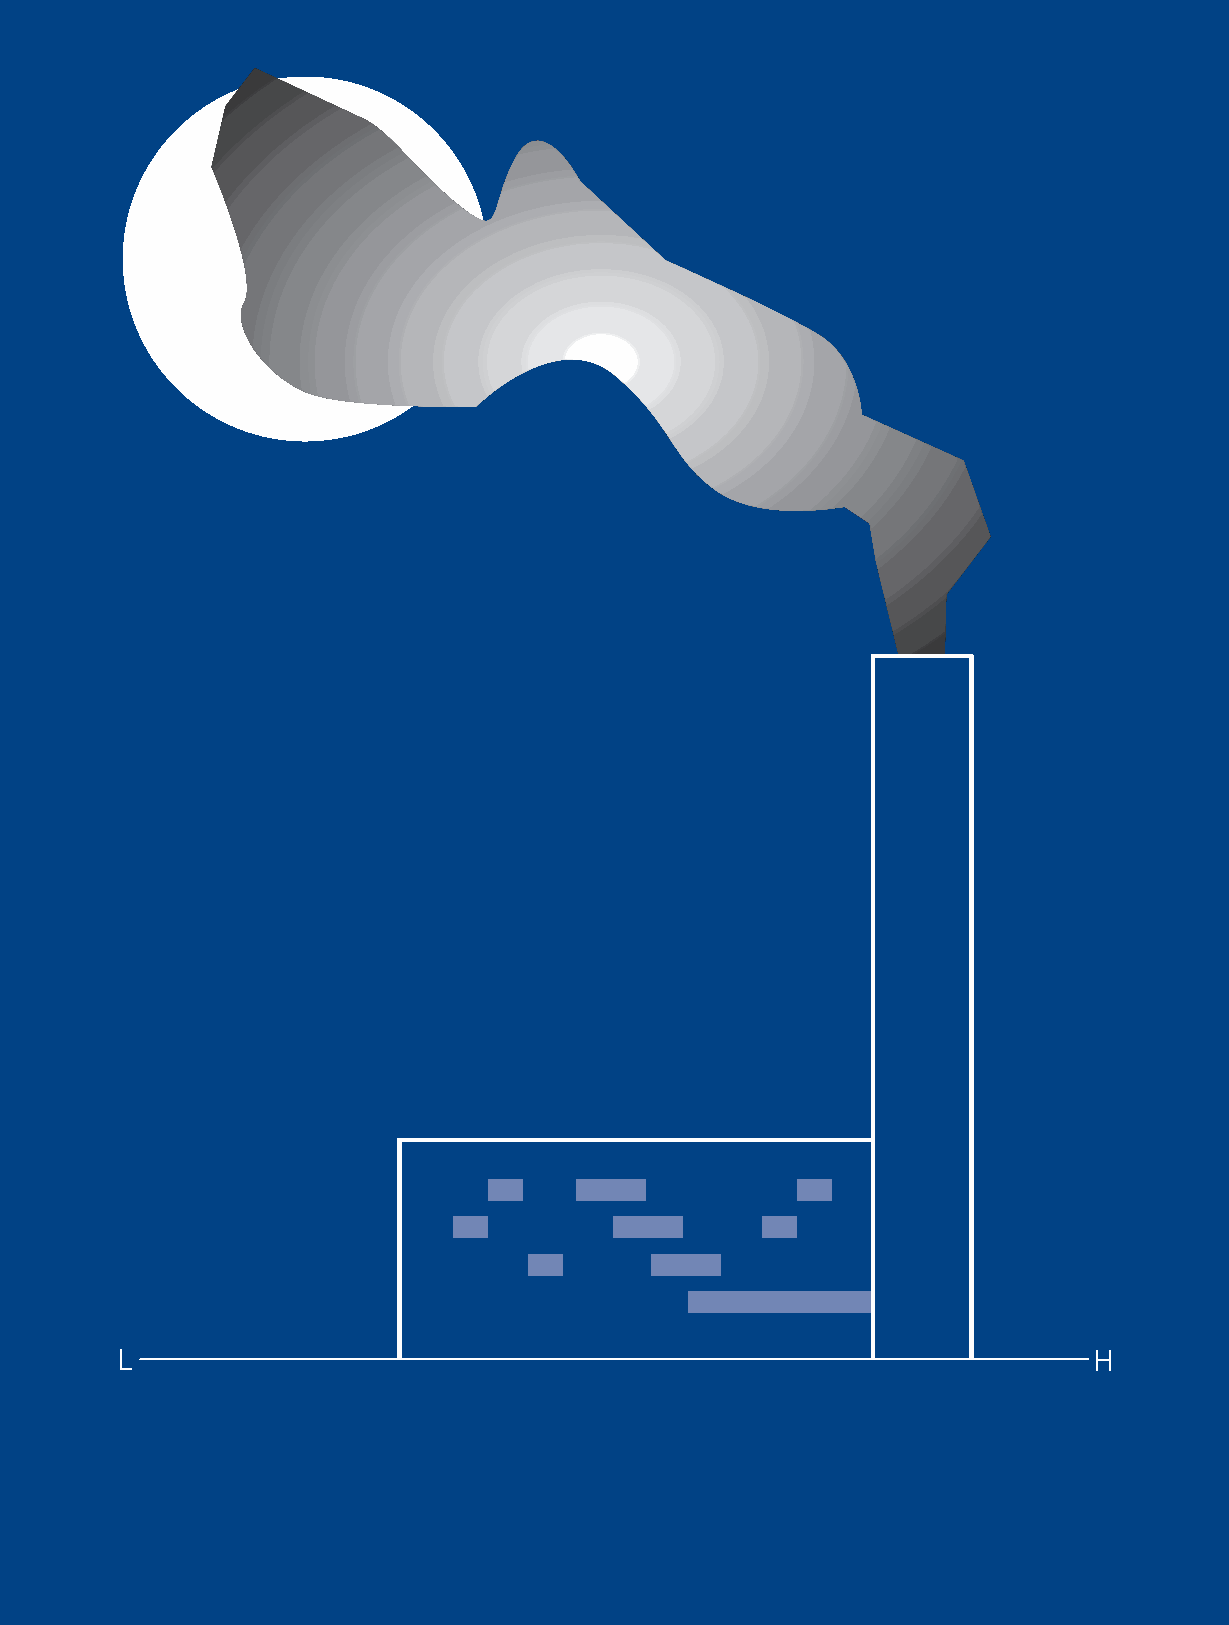
L                                                               H